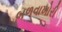
બળવાખોરી